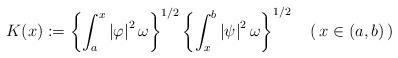
LaTeX: \begin{align*}K(x):=\left\{ \int_{a}^{x}\left\vert \varphi\right\vert ^{2}\omega\right\}^{1/2}\left\{ \int_{x}^{b}\left\vert \psi\right\vert ^{2}\omega\right\}^{1/2}\quad(\,x\in(a,b)\,)\end{align*}